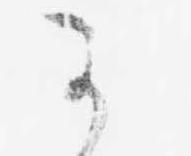
可